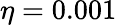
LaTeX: \eta=0.001